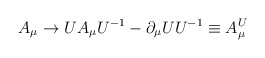
\begin{align*}A_\mu \rightarrow UA_\mu U^{-1} - \partial_\mu U U^{-1} \equiv A^U_\mu\end{align*}